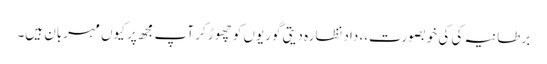
برطانیہ کی کی خوبصورت،، داد نظارہ دیتی گوریوں کو چھوڑ کر آپ مجھ پر کیوں مہربان ہیں۔